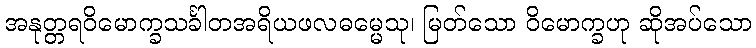
အနုတ္တရဝိမောက္ခသင်္ခါတအရိယဖလဓမ္မေသု၊ မြတ်သော ဝိမောက္ခဟု ဆိုအပ်သော